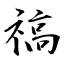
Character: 禞